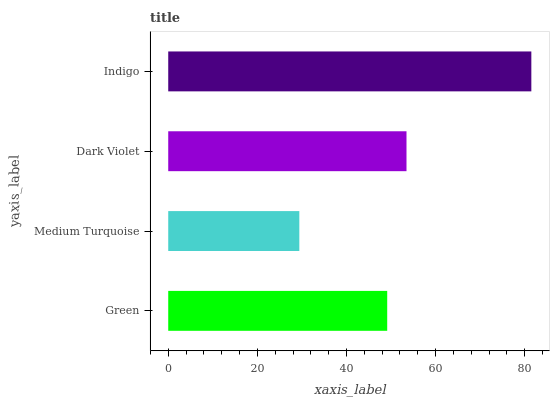
| yaxis_label | bars |
 | --- | --- |
 | Green | 49.1 |
 | Medium Turquoise | 29.4 |
 | Dark Violet | 53.5 |
 | Indigo | 81.5 |